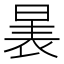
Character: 𱢉